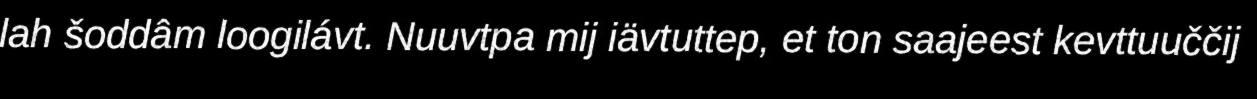
lah šoddâm loogilávt. Nuuvtpa mij iävtuttep, et ton saajeest kevttuuččij